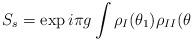
LaTeX: \begin{align*}S_{s}=\exp i\pi g\int \rho _{I}(\theta _{1})\rho _{II}(\theta\end{align*}